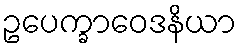
ဥပေက္ခာဝေဒနိယာ